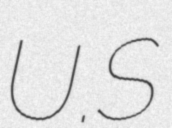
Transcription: U.S